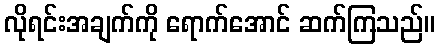
လိုရင်းအချက်ကို ရောက်အောင် ဆက်ကြသည်။